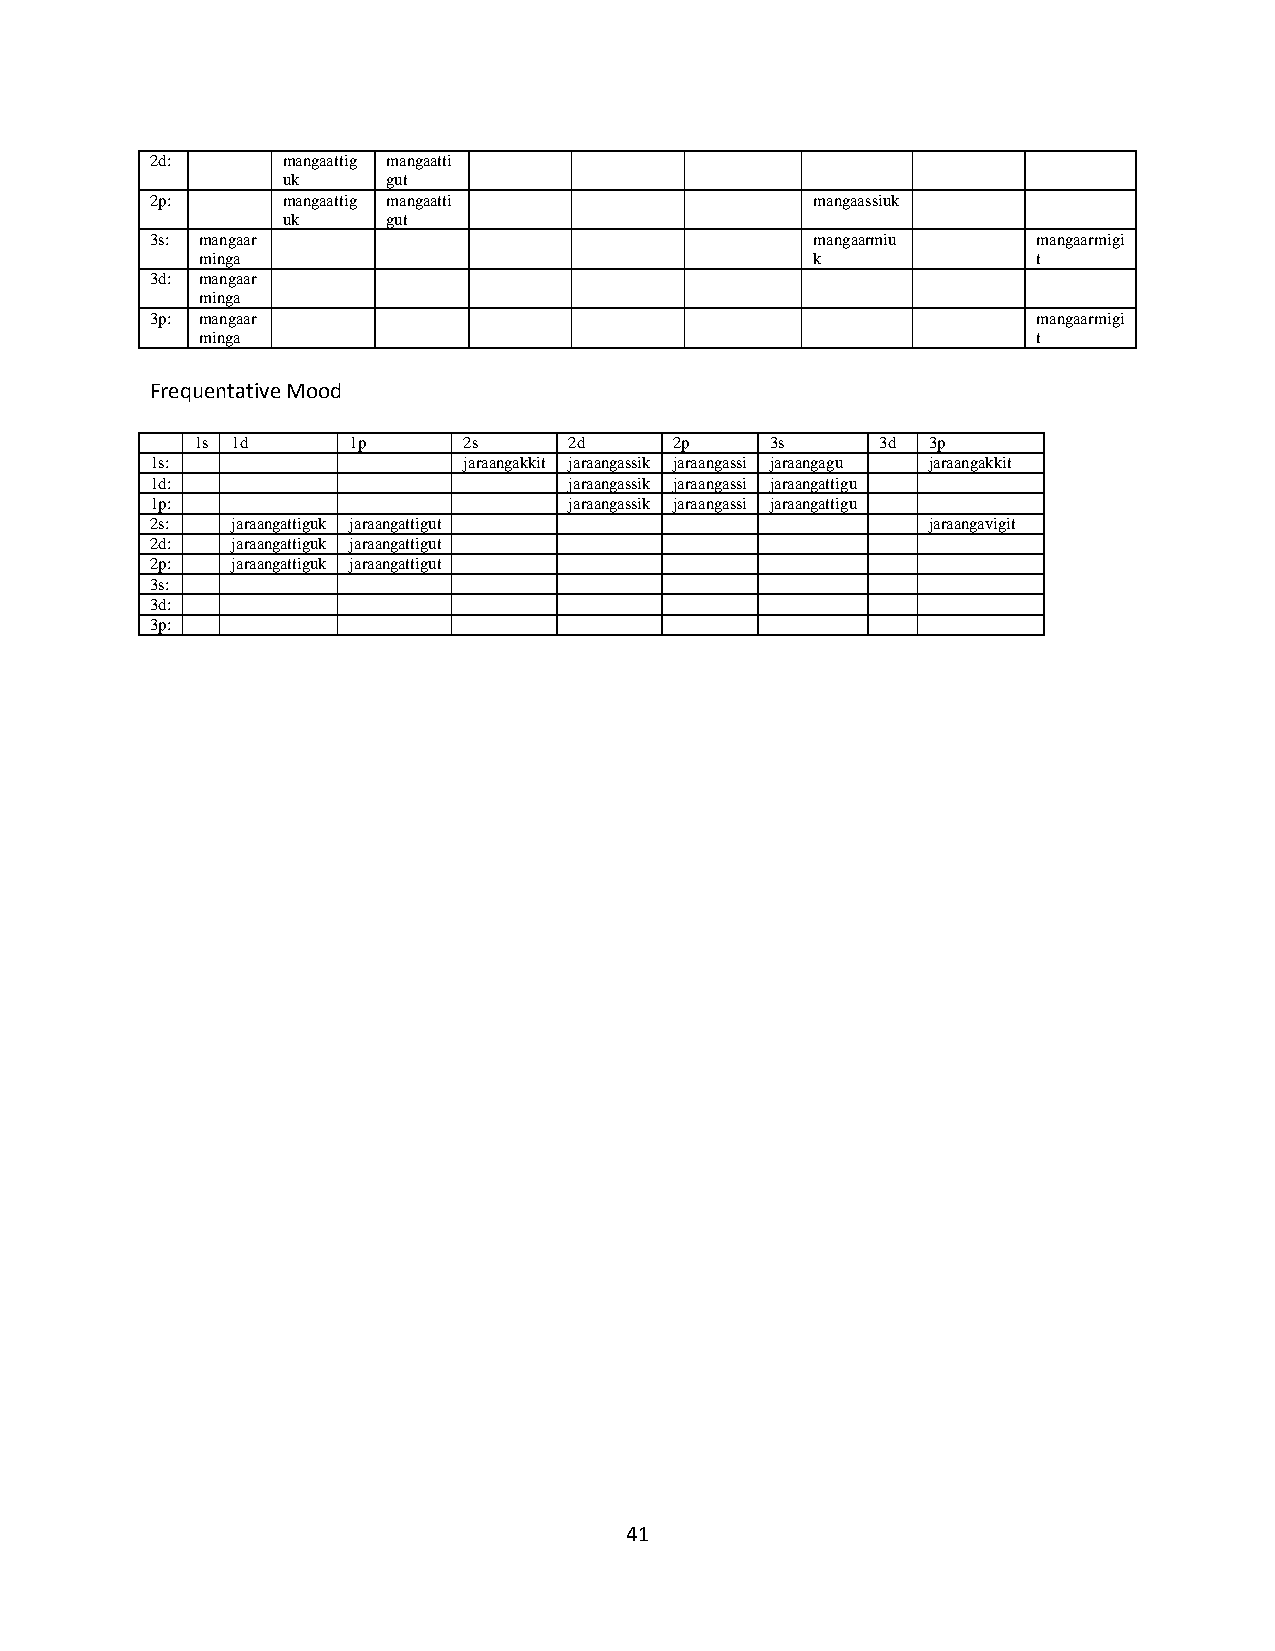
2d:      mangaattig mangaatti
 uk     gut
 2p:      mangaattig mangaatti               mangaassiuk
 uk     gut
 3s: mangaar                                 mangaarmiu     mangaarmigi
 minga                                    k              t
 3d: mangaar
 minga
 3p: mangaar                                                mangaarmigi
 minga                                                   t
 Frequentative Mood
 1s 1d     1p      2s     2d     2p    3s     3d 3p
 1s:                  jaraangakkit jaraangassik jaraangassi jaraangagu jaraangakkit
 1d:                         jaraangassik jaraangassi jaraangattigu
 1p:                         jaraangassik jaraangassi jaraangattigu
 2s:  jaraangattiguk jaraangattigut                 jaraangavigit
 2d:  jaraangattiguk jaraangattigut
 2p:  jaraangattiguk jaraangattigut
 3s:
 3d:
 3p:
 41